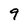
Character: 9